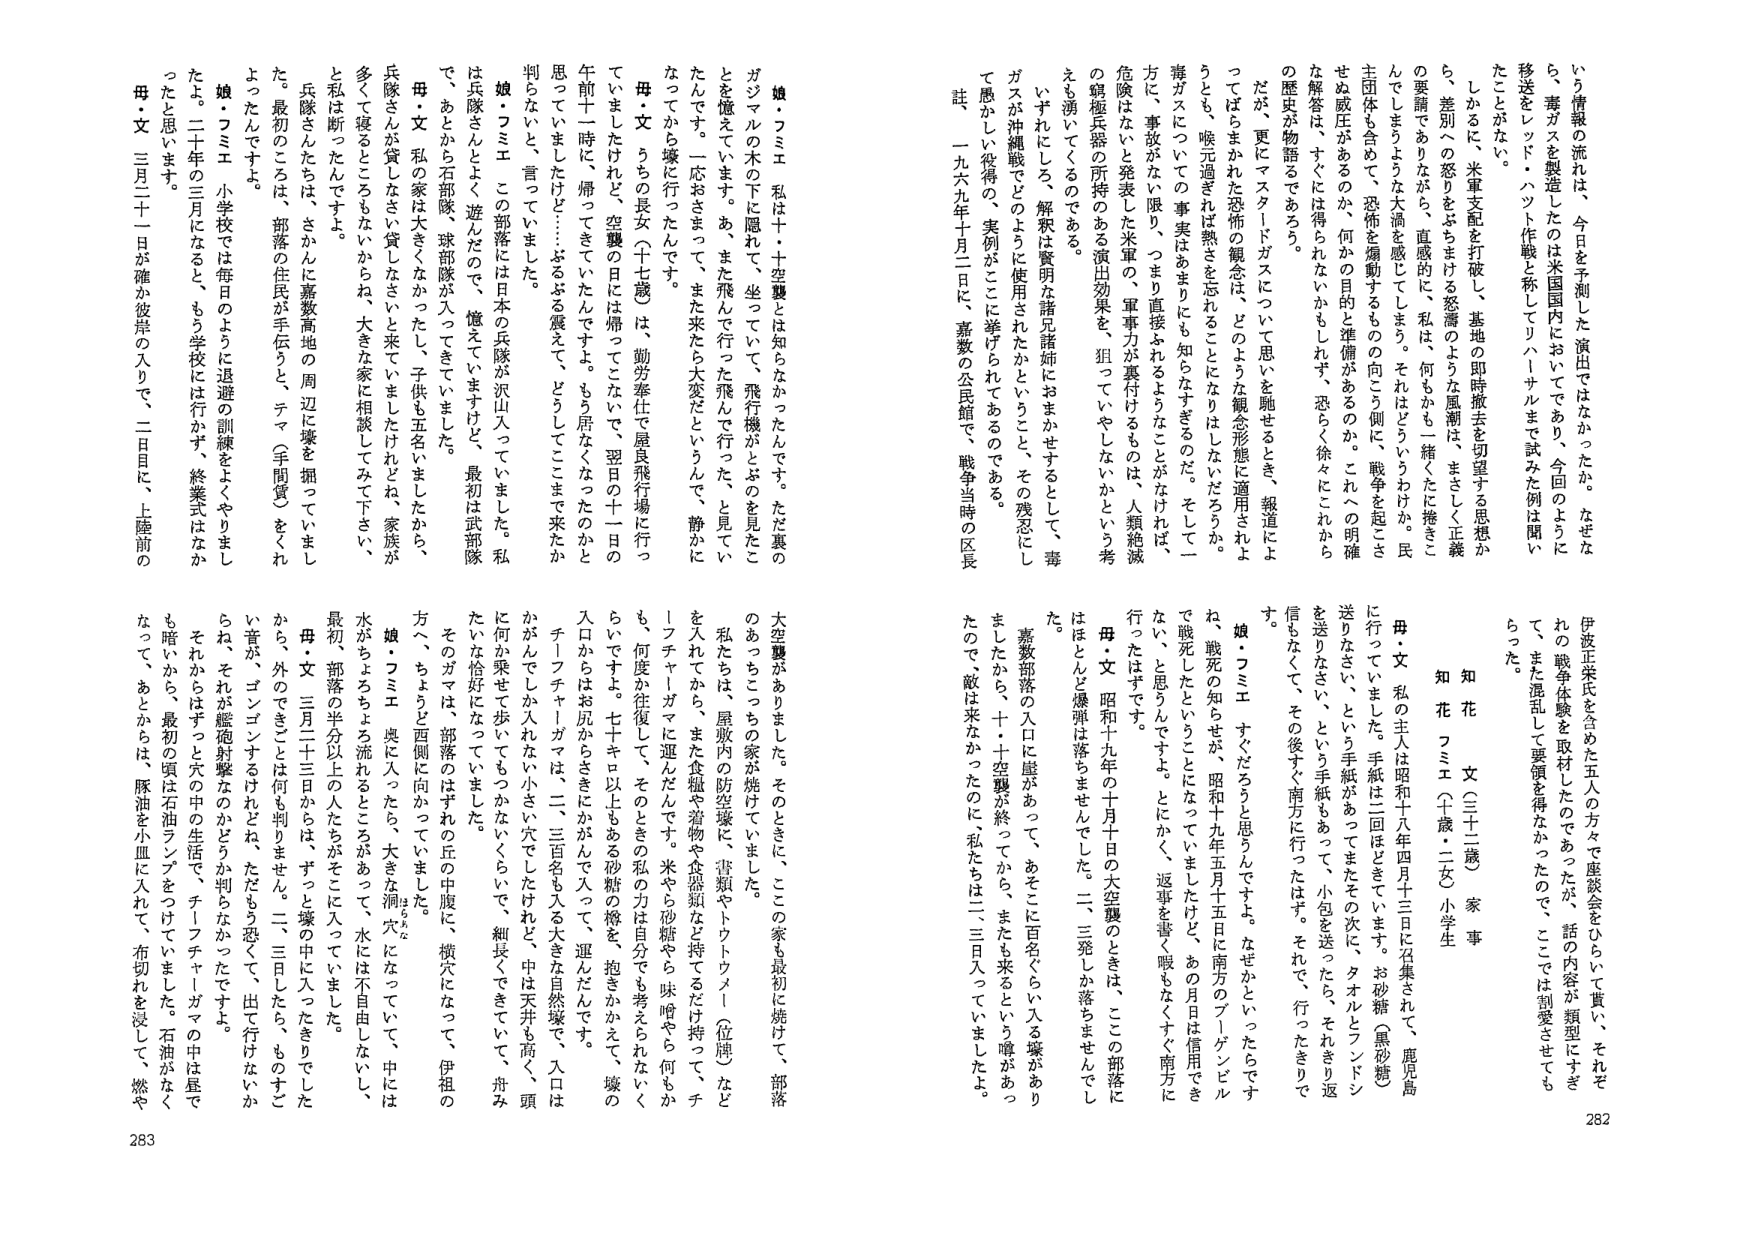
282

知花 フミエ（三十二歳） 家事

伊波正栄氏を含めた五人の方々で座談会をひらいて貰い、それぞ
れの戦争体験を取材したのであったが、話の内容が類型にすぎ
て、また混乱して要領を得なかったので、ここでは割愛させても
らった。

娘・フミエ 私は十・十空襲とは知らなかったんです。ただ裏の
ガジマルの木の下に隠れて、坐っていて、飛行機がとぶのを見たこ
とを憶えています。あ、また飛んで行った飛んで行った、と見てい
たんです。一応おさまって、また来た大変だというんで、静かに
なってから壕の行方（十七歳）は、勤労奉仕で屋良飛行場に行っ
ていましたけれど、空襲の日には帰ってこないで、翌日の十一日の
午前十一时に、帰ってきていたんですよ。もう居なくなったのかと
思っていきましたけど…ぶるぶる震えて、どうしてここまで来たか
判らないと、言っていました。

娘・フミエ この部落には日本の兵隊が沢山入っていました。私
は兵隊さんとよく遊んだので、憶えていきますけど、最初は武部隊
で、あとから石部隊、球部隊が入ってきています。た
母・文 私の家は兵隊さんがかかった、子供も五名いましたから、
兵隊さんが貸しなさい貸しなさいと来ていましたけれどね、家族が
多くて寝るところもないからね、大きな家に相談してみて下さい、
と私は断ったんですよ。

兵隊さんたちは、さかんに嘉数高地の周辺に壕を掘っていまし
た。最初のころは、部落の住民が手伝うと、テーマ（手間賃）をくれ
よったんです。

娘・フミエ 小学校では毎日のように退避の訓練をよくやりまし
た。二十年の三月になると、もう学校には行かず、終業式はなか
ったと思います。

母・文 三月二十一日が確か彼岸の入りで、二日目に、上陸前の

283

大空襲がありました。そのときに、ここの家も最初に焼けて、部落
のあっちこっちの家が焼けていました。

私たちは、屋敷内の防空壕に、書類やトウトウメー（位牌）など
を入れてから、また食糧や着物や食器類など持てだして持って、チ
ーフチャーガマに運んだんです。米やら砂糖やら味噌やら何もか
も、何度か往復して、そのときの私の力は自分でも考えられないく
らいですよ。七十キロ以上もある砂糖の樽を、抱きかかえて、壕の
入口からはお尻からさきにかがんで入って、運んだんです。

チーフチャーガマは、二、三百名も入る大きな自然壕で、入口は
かがんでしか入れない小さい穴でしたけれど、中は天井も高く、頭
に何か乗せて歩いてもつかないくらいで、細長くできていて、舟み
たいな恰好になっています。

そのガマは、部落のはずれの丘の中腹に、横穴になって、伊祖の
方へ、ちょうど西側に向かっていました。

娘・フミエ 奥に入ったたら、大きな洞穴になっていて、中には
水がちょちょちょ流れるところがあって、水は不自由しないし、
最初、部落の半分以上の人たちがそこに入っていました。

母・文 三月二十三日からは、ずっと壕の中に入ったきりでした
から、外のできごとは何も判りません。二、三日したら、ものすご
い音が、ゴンゴンするけれどね、ただもう恐くて、出て行けないか
らね、それが継続対撃なのだと判ったんです。それからはずっと穴の中の生活で、チーフチャーガマの
も暗いから、最初の頃は石油ランプをつけていました。石油がなく
なって、あとからは、豚油を小皿に入れて、布切れを浸して、燃や

母・文 私の主人は昭和十八年四月十三日に召集されて、鹿児島
に行っていました。手紙は二回ほどとっています。お砂糖（黒砂糖）
送りなさい、という手紙があってまたその次に、タオルとフンドシ
を送りなさい、という手紙もあって、小包を送ったら、それきり返
信もなくって、その後す、南方に行ったはず。それで、行っただきりで
す。

娘・フミエ すぐだろうと思うんですよ。なぜかといったらです
ね、戦死の知らせが、昭和十九年五月十五日に南方のブーゲンビル
で戦死したということになっていましたけど、あの月日は信用でき
ない、と思うんですよ。とにかく、返事を書く暇もなくすぐ南方に
行ったはずです。

母・文 昭和十九年の十月十日の大空襲のときは、ここの部落に
はほとんど爆弾は落ちませんでした。二、三発しか落ちませんでし
た。

嘉数部落の入口には崖があって、あそこに百名ぐらい入る壕があり
ましたから、十・十空襲が終ってから、またも来るという噂があっ
たので、敵は来なかったのに、私たちは二、三日入っていました。

いう情報の流れは、今日を予測した演出ではなかったか。なぜな
ら、毒ガスを製造したのは米国国内においてであり、今回のよう
に移送をレッド・ハット作戦と称してリバハナルまで試みた例は聞い
たことがない。

しかるに、米軍支配を打破し、基地の即時撤去を切望する思想か
ら、差別への怒りをよそまける怒涛のような風潮は、まさしく正義
の要請でありながら、直感的に、私は、何もかも一緒にたたきこ
んでもしょような大過を感じてしまう。それほどいうわけだ。民
主団体も含めて、恐怖を煽動するものの向こう側に、戦争を起こさ
せぬ威圧があるので、何かの目的と準備があるのか。これへの明確
な解答は、すぐには得られないかもしれず、恐らく徐々にこれから
の歴史が物語るであろう。

だが、更にマスタードガスについて思いを馳せるとき、報道によ
ってばらまかれた恐怖の観念は、どのような観念形態に適用され
うとも、喩元過ぎれば黙さを忘れるということはしないだろうか。
毒ガスについての事実はあまりにも知らなすぎるのだ。そして一
方に、事故がない限り、つまり直接みれるようなことがなければ、
危険はないと発表した米軍の、軍事力が裏付けするものは、人類絶滅
の観極兵器の所持のある演出効果を、狙っていやしないかという考
えも湧いてくるのである。

いずれにしろ、解釈は賢明な諸兄諸姉におまかせするとして、毒
ガスが沖縄戦でどのように使用されたかということ、その残忍にし
て愚かしい役得の、実例がここに挙げられてあるのである。

註 一九六九年十月二日に、嘉数の公民館で、戦争当時の区長